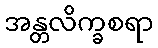
အန္တလိက္ခစရာ